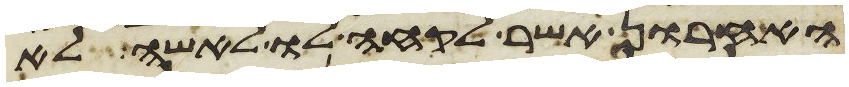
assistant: האחרון אשר לקחה לו לאשה לא